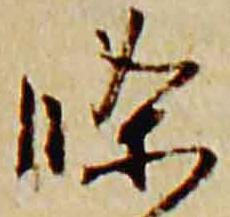
条